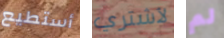
أستطيع لأشتري لم